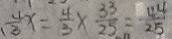
\frac { 4 } { 3 } x = \frac { 4 } { 3 } \times \frac { 3 3 } { 2 5 } = \frac { 4 4 } { 2 5 }